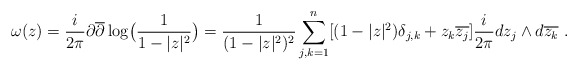
\begin{align*}\omega(z)=\frac{i}{2\pi}\partial \overline{\partial}\log\bigl(\frac 1{1-|z|^2}\bigr)=\frac{1}{(1-|z|^2)^2}\sum^{n}_{j,k=1}[(1-|z|^2)\delta_{j,k}+z_k\overline{z_j}] \frac{i}{2\pi}dz_j\wedge d\overline{z_k}\ .\end{align*}